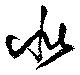
似